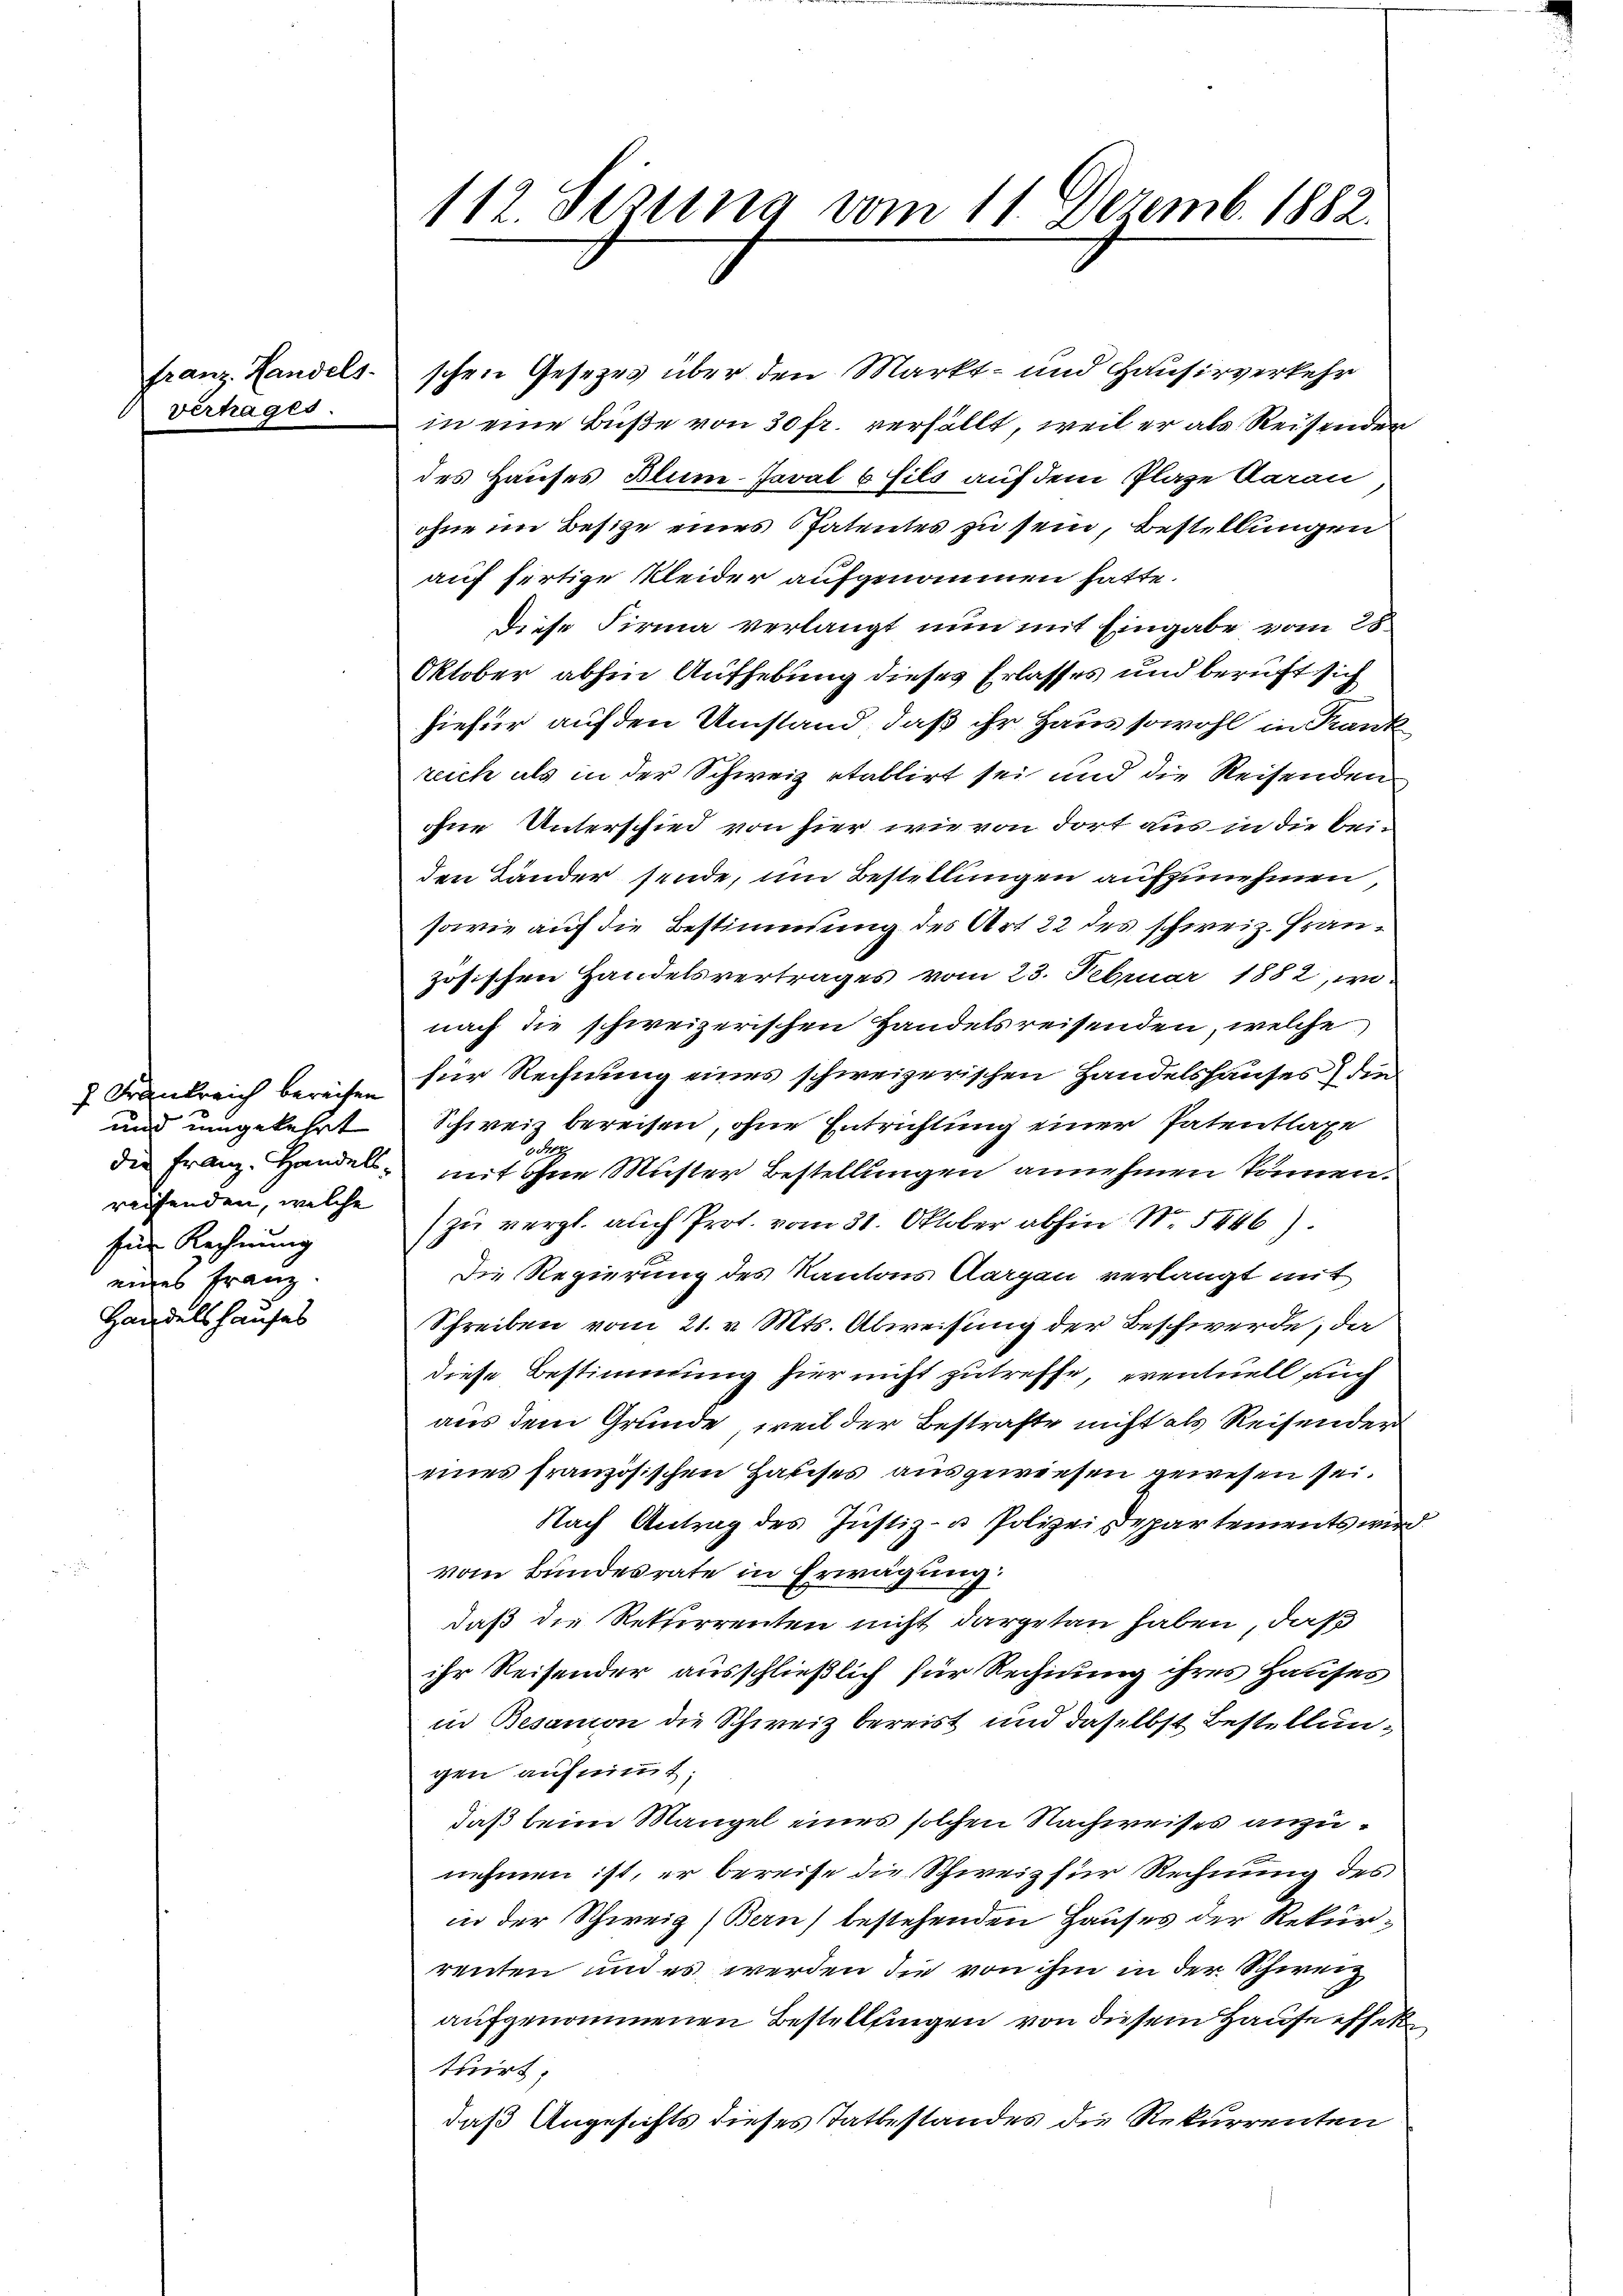
franz. Landels.
Vertrages.

7 Krankreich bereisen
und umgekehrt
reifenden, welche
fin Rechnung
eines Franz.
Handelshauses

112. Sezung vom 11. Dezemb. 1882.

schen Gesetzes über den Markt- und Hausirverkehr
in eine Buße von 30 fr. verfällt, weil er als Reisender
des Hauses Blum-Javal 6 fils auf dem Plaze Aarau
ohne im Besize eines Patentes zu sein, Bestellungen
auf fertige Kleider aufgenommen hatte.
Diese Firma verlangt nun mit Eingabe vom 25
Oktober abhin Aufhebung dieses Erlasses und beruft sich
hiefür auf den Umstand, daß ihr Haus sowohl in Krank
reich als in der Schweiz etablirt sei und die Reisenden
ohne Unterschied von hier wie von dort aus in die beiden Bänder sende, um Bestellungen aufzunehmen,
sowie auf die Bestimmung des Art 22 des schweiz. Französischen Handelsvertrages vom 23. Februar 1882, wonach die schweizerischen Handelsreisenden, welche
für Rechnung eines schweizerischen Handelshauses die
Schweiz bereisen, ohne Entrichtung einer Patentlage
d
die Franz. Handels mit ohne Muster Bestellungen annehmen können.
zu vergl. auch Prot. vom 31. Oktober abhin N. 5446).
Die Regierung des Kantons Aargau verlangt mit
Schreiben vom 21. v. Mts. Abweisung der Beschwerde, da
diese Bestimmung hier nicht zutreffe, eventuell auch
aus dem Grunde, weil der Bestrafte nicht als Reisender
eines französischen Hauses ausgewiesen gewesen sei.
Nach Antrag des Justiz- u Polizei Departements wird.
vom Bundesrate in Erwägung
daß die Rekurrenten nicht dargetan haben, daß
ihr Reisender ausschließlich für Rechnung ihres Hauses
in Besanion die Schweiz bereist und daselbst Bestellungen aufnimmt.
daß beim Mangel eines solchen Nachweises anzunehmen ist, er bereise die Schweiz für Rechnung des
in der Schweiz (Bern) bestehenden Hauses der Rekurrenten und es werden die von ihm in der Schweiz
aufgenommenen Bestellingen von diesem Hause effektuirt.
daß Angesichts dieses Tatbestandes die Rekurrenten